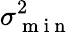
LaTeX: \sigma_{\mathrm{~m~i~n~}}^{2}